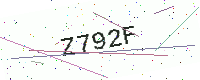
Text: Z792F